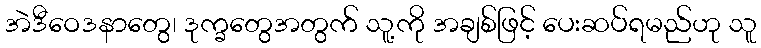
အဲဒီဝေဒနာတွေ၊ ဒုက္ခတွေအတွက် သူ့ကို အချစ်ဖြင့် ပေးဆပ်ရမည်ဟု သူ